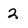
Character: 2